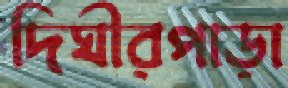
দিঘীরপাড়া